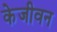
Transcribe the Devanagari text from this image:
केजीवन